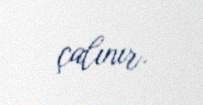
çalınır.